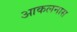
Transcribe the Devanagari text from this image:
आकलनास